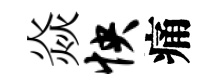
焱怏痛